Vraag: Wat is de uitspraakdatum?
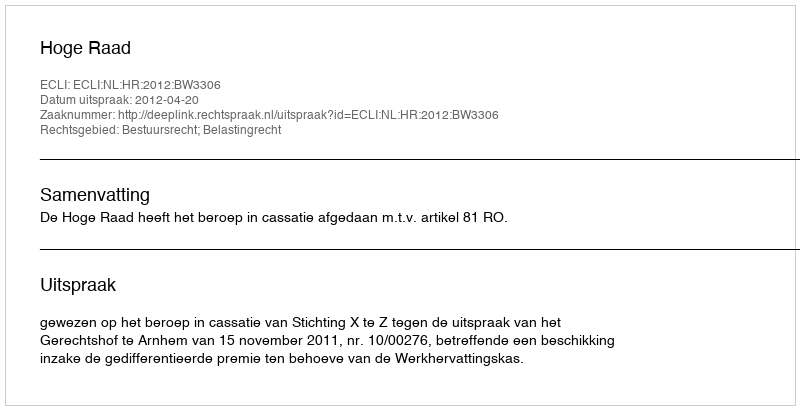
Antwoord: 2012-04-20